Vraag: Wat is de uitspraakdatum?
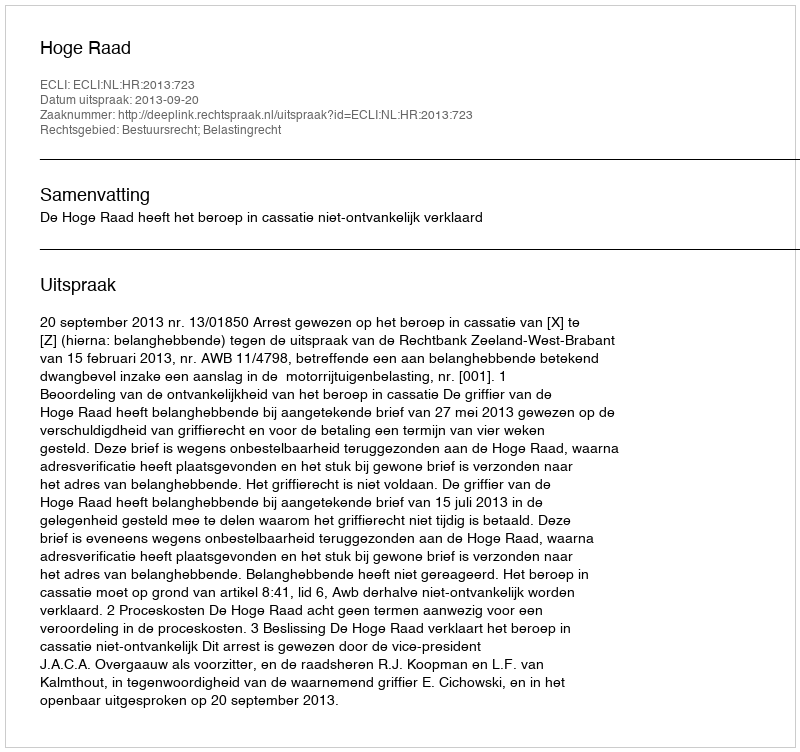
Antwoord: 2013-09-20